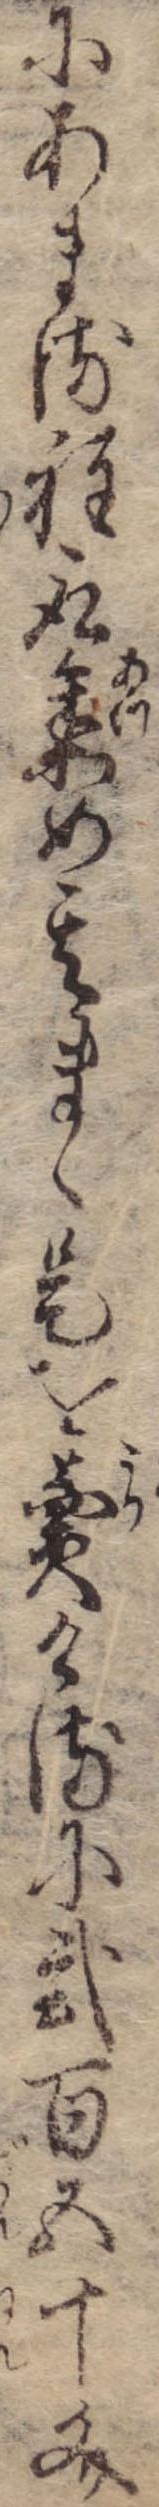
にあまる程取集め其まゝ是を売けるに弐百五十文